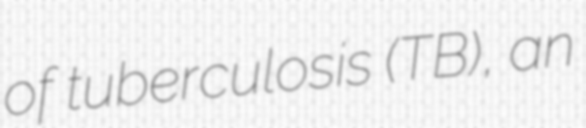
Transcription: of tuberculosis (TB), an